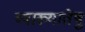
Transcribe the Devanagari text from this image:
व्याख्यातेषु